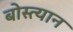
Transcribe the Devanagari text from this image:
बोस्त्यान